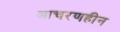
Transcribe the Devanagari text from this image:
आचरणहीन